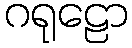
ဂရုဠော